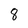
Character: 8